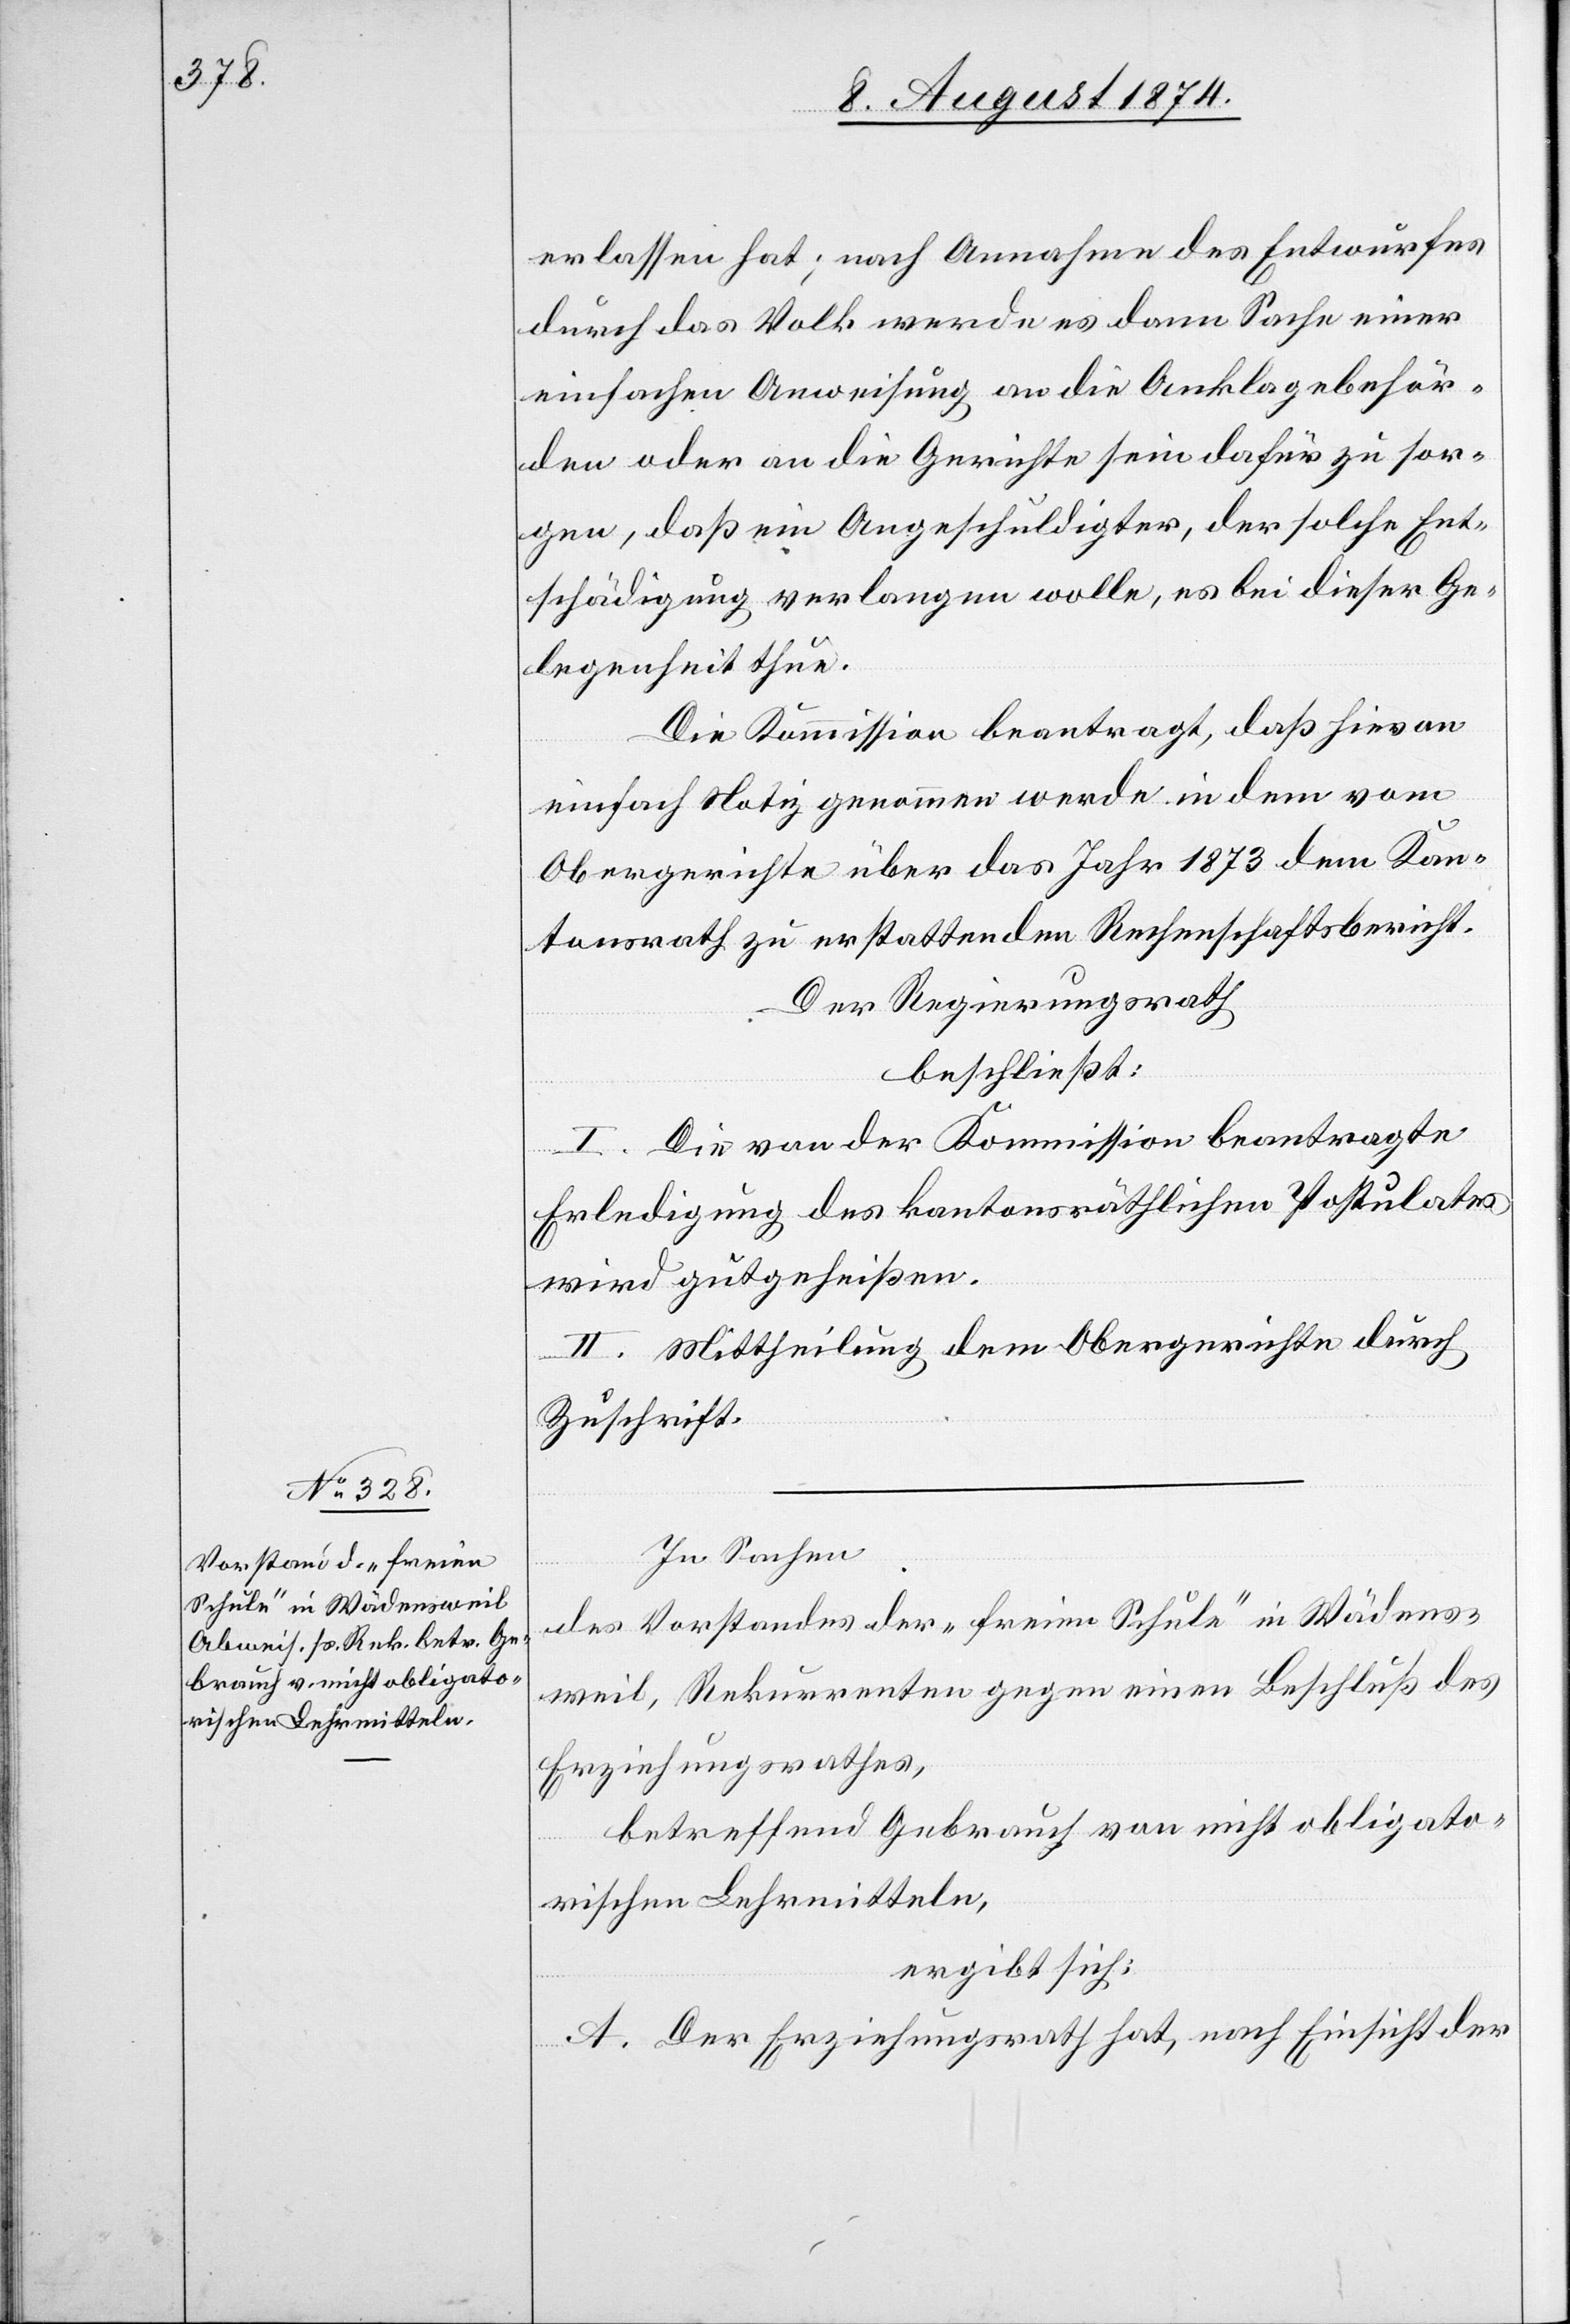
erlassen hat; nach Annahme des Entwurfes
durch das Volk werde es dann Sache einer
einfachen Anweisung an die Anklagebehör¬
den oder an die Gerichte sein dafür zu sor¬
gen, daß ein Angeschuldigter, der solche Ent¬
schädigung verlangen wolle, es bei dieser Ge¬
legenheit thue.
Die Kommission beantragt, daß hievon
einfach Notiz genommen werde in dem vom
Obergerichte über das Jahr 1873 dem Kan¬
tonsrath zu erstattenden Rechenschaftsbericht.
Der Regierungsrath
beschließt:
I. Die von der Kommission beantragte
Erledigung des kantonsräthlichen Postulates
wird gutgeheißen.
II. Mittheilung dem Obergerichte durch
Zuschrift.
In Sachen
des Vorstandes der „freien Schule“ in Wädens¬
weil, Rekurrenten gegen einen Beschluß des
Erziehungsrathes,
betreffend Gebrauch von nicht obligato¬
rischen Lehrmitteln,
ergibt sich:
A. Der Erziehungsrath hat, nach Einsicht der